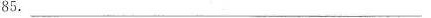
85. ___